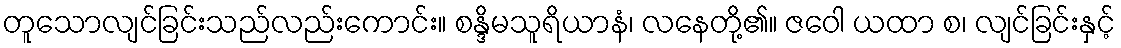
တူသောလျင်ခြင်းသည်လည်းကောင်း။ စန္ဒိမသူရိယာနံ၊ လနေတို့၏။ ဇဝေါ ယထာ စ၊ လျင်ခြင်းနှင့်